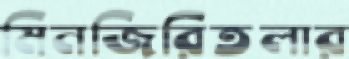
মিনজিরিতলার